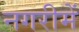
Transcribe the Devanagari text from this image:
नगरीमें